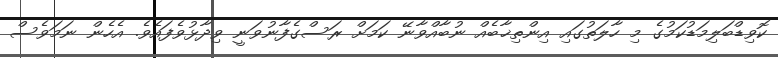
ކޮވިޑްބަލިމަޑުކަމުގެ މި ހާލަތުގައި އިންތިޚާބެއް ނުބާއްވާނޭ ކަމަށް ރަސްގެފާނުވަނީ ވިދާޅުވެފައެވެ. އެހެން ނަމަވެސް